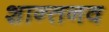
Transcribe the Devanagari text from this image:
शान्तनव